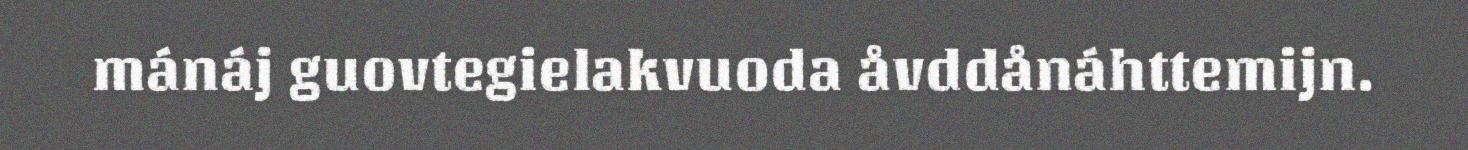
mánáj guovtegielakvuoda åvddånáhttemijn.